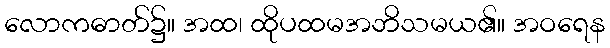
လောကဓာတ်၌။ အထ၊ ထိုပထမအဘိသမယ၏။ အဝရေန